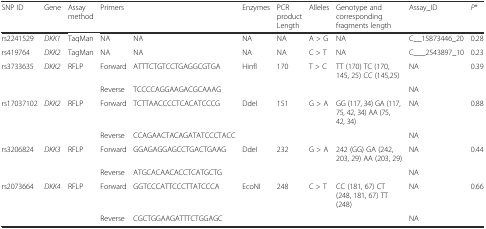
<table><thead><tr><td><b>SNP ID</b></td><td><b>Gene</b></td><td><b>Assay method</b></td><td colspan="2"><b>Primers</b></td><td><b>Enzymes</b></td><td><b>PCR product Length</b></td><td><b>Alleles</b></td><td><b>Genotype and corresponding fragments length</b></td><td><b>Assay_ID</b></td><td><b><i>P</i>*</b></td></tr></thead><tbody><tr><td>rs2241529</td><td><i>DKK1</i></td><td>TaqMan</td><td>NA</td><td>NA</td><td>NA</td><td>NA</td><td>A &gt; G</td><td>NA</td><td>C__15873446_20</td><td>0.28</td></tr><tr><td>rs419764</td><td><i>DKK2</i></td><td>TagMan</td><td>NA</td><td>NA</td><td>NA</td><td>NA</td><td>C &gt; T</td><td>NA</td><td>C___2543897_10</td><td>0.23</td></tr><tr><td>rs3733635</td><td><i>DKK2</i></td><td>RFLP</td><td>Forward</td><td>ATTTCTGTCCTGAGGCGTGA</td><td>HinfI</td><td>170</td><td>T &gt; C</td><td>TT (170) TC (170, 145, 25) CC (145,25)</td><td>NA</td><td>0.39</td></tr><tr><td></td><td></td><td></td><td>Reverse</td><td>TCCCCAGGAAGACGCAAAG</td><td></td><td></td><td></td><td></td><td>NA</td><td></td></tr><tr><td>rs17037102</td><td><i>DKK2</i></td><td>RFLP</td><td>Forward</td><td>TCTTAACCCCTCACATCCCG</td><td>DdeI</td><td>151</td><td>G &gt; A</td><td>GG (117, 34) GA (117, 75, 42, 34) AA (75, 42, 34)</td><td>NA</td><td>0.88</td></tr><tr><td></td><td></td><td></td><td>Reverse</td><td>CCAGAACTACAGATATCCCTACC</td><td></td><td></td><td></td><td></td><td>NA</td><td></td></tr><tr><td>rs3206824</td><td><i>DKK3</i></td><td>RFLP</td><td>Forward</td><td>GGAGAGGAGCCTGACTGAAG</td><td>DdeI</td><td>232</td><td>G &gt; A</td><td>242 (GG) GA (242, 203, 29) AA (203, 29)</td><td>NA</td><td>0.44</td></tr><tr><td></td><td></td><td></td><td>Reverse</td><td>ATGCACAACACCTCATGCTG</td><td></td><td></td><td></td><td></td><td>NA</td><td></td></tr><tr><td>rs2073664</td><td><i>DKK4</i></td><td>RFLP</td><td>Forward</td><td>GGTCCCATTCCCTTATCCCA</td><td>EcoNI</td><td>248</td><td>C &gt; T</td><td>CC (181, 67) CT (248, 181, 67) TT (248)</td><td>NA</td><td>0.66</td></tr><tr><td></td><td></td><td></td><td>Reverse</td><td>CGCTGGAAGATTTCTGGAGC</td><td></td><td></td><td></td><td></td><td>NA</td><td></td></tr></tbody></table>